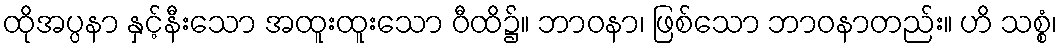
ထိုအပ္ပနာ နှင့်နီးသော အထူးထူးသော ဝီထိ၌။ ဘာဝနာ၊ ဖြစ်သော ဘာဝနာတည်း။ ဟိ သစ္စံ၊